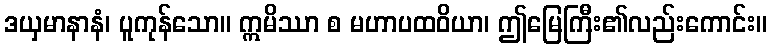
ဒယှမာနာနံ၊ ပူကုန်သော။ ဣမိဿာ စ မဟာပထဝိယာ၊ ဤမြေကြီး၏လည်းကောင်း။